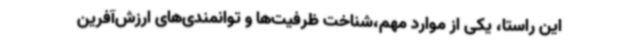
این راستا، یکی از موارد مهم،شناخت ظرفیت‌ها و توانمندی‌های ارزش‌آفرین